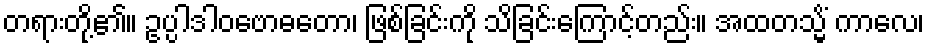
တရားတို့၏။ ဥပ္ပါဒါဝဗောဓတော၊ ဖြစ်ခြင်းကို သိခြင်းကြောင့်တည်း။ အထတသ္မိံ ကာလေ၊